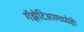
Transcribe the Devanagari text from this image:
गॅझेटिअरमध्येही